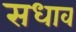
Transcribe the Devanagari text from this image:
सधाव